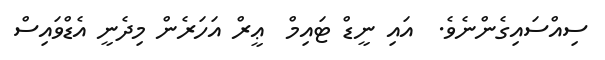
ސިއްސައިގެންނެވެ.  އައި ނީޑް ޓައިމް  ޢީރް އަހަރެން މިދެނީ އެޑްވައިސް